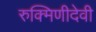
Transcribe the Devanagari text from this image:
रुक्मिणीदेवी